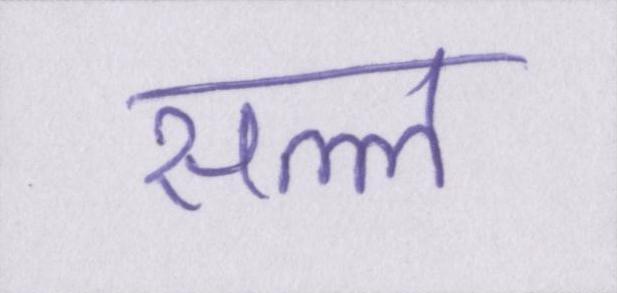
सल्ल